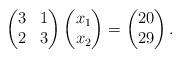
LaTeX: \begin{align*} \begin{pmatrix} 3&1\\ 2&3 \end{pmatrix} \begin{pmatrix} x_1\\ x_2 \end{pmatrix} =\begin{pmatrix} 20\\ 29 \end{pmatrix}. \end{align*}